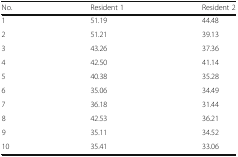
<table><thead><tr><td><b>No.</b></td><td><b>Resident 1</b></td><td><b>Resident 2</b></td></tr></thead><tbody><tr><td>1</td><td>51.19</td><td>44.48</td></tr><tr><td>2</td><td>51.21</td><td>39.13</td></tr><tr><td>3</td><td>43.26</td><td>37.36</td></tr><tr><td>4</td><td>42.50</td><td>41.14</td></tr><tr><td>5</td><td>40.38</td><td>35.28</td></tr><tr><td>6</td><td>35.06</td><td>34.49</td></tr><tr><td>7</td><td>36.18</td><td>31.44</td></tr><tr><td>8</td><td>42.53</td><td>36.21</td></tr><tr><td>9</td><td>35.11</td><td>34.52</td></tr><tr><td>10</td><td>35.41</td><td>33.06</td></tr></tbody></table>